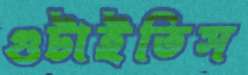
গুটাইতিস